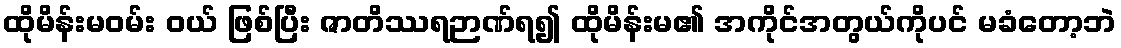
ထိုမိန်းမဝမ်း ဝယ် ဖြစ်ပြီး ဇာတိဿရဉာဏ်ရ၍ ထိုမိန်းမ၏ အကိုင်အတွယ်ကိုပင် မခံတော့ဘဲ